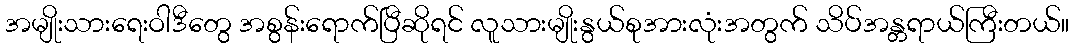
အမျိုးသားရေးဝါဒီတွေ အစွန်းရောက်ပြီဆိုရင် လူသားမျိုးနွယ်စုအားလုံးအတွက် သိပ်အန္တရာယ်ကြီးတယ်။